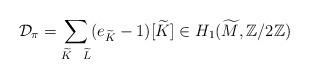
LaTeX: \begin{align*}\mathcal D_\pi = \sum_{ \widetilde{K} \ \ \widetilde{L}} (e_{\widetilde{K}}-1) [\widetilde{K}] \in H_1(\widetilde M, \mathbb Z/2 \mathbb Z)\end{align*}